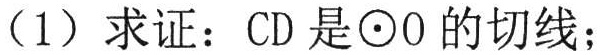
（1）求证：CD 是\(\odot O\)的切线；